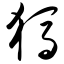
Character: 犸